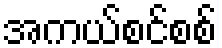
အကယ်စင်စစ်